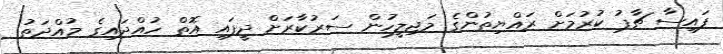
ފައިސާ ޗާޕު ކުރުމަށް ރައްޔިތުންގެ މަޖިލީހުން ސަރުކާރަށް ދީފައި އޮތް ހުއްދައިގެ މުއްދަތު